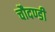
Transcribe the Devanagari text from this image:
चौदण्डी